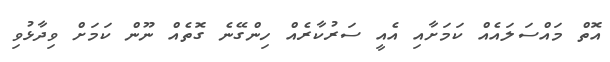
އޮތް މައްސަލައެއް ކަމަށާއި އެއީ ސަރުކާރެއް ހިންގޭނެ ގޮތެއް ނޫން ކަމަށް ވިދާޅުވި